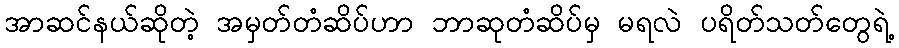
အာဆင်နယ်ဆိုတဲ့ အမှတ်တံဆိပ်ဟာ ဘာဆုတံဆိပ်မှ မရလဲ ပရိတ်သတ်တွေရဲ့